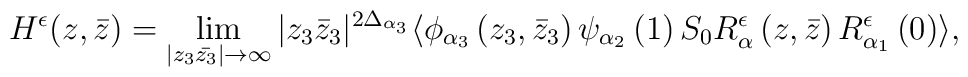
H^{\epsilon }(z,\bar{z})=\lim_{|z_3 \bar{z_3}|\rightarrow \infty}|z_3\bar{z}_3|^{2\Delta_{\alpha_3}}\langle \phi_{\alpha_ 3}\left(z_3,\bar{z}_3\right)\psi_{\alpha _2}\left(1\right)S_0 R^{\epsilon }_\alpha \left(z,\bar{z}\right)R^{\epsilon }_{\alpha_1 }\left(0\right) \rangle ,